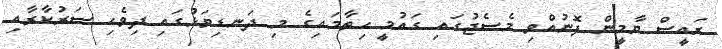
ރައީސް ޔާމީން ފޮނުއްވި މެސެޖުގައި ގައުމީ ހިތާމައިގެ މި ދަނޑިވަޅުގައި ދިވެހި ސަރުކާރާއި